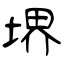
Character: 堺